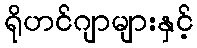
ရိုဟင်ဂျာများနှင့်